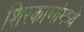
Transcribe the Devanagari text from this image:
शिरकाणांमध्ये